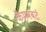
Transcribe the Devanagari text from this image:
कैममबर्ट